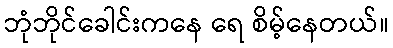
ဘုံဘိုင်ခေါင်းကနေ ရေ စိမ့်နေတယ်။